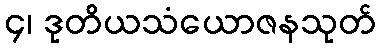
၄၊ ဒုတိယသံယောဇနသုတ်